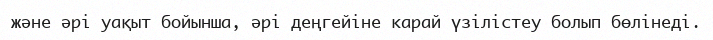
және әрі уақыт бойынша, әрі деңгейіне карай үзілістеу болып бөлінеді.